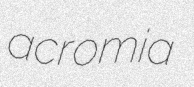
acromia